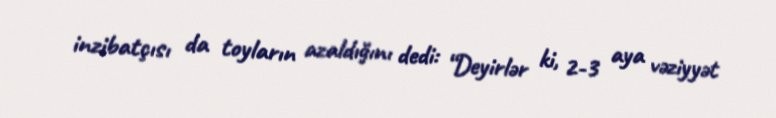
inzibatçısı da toyların azaldığını dedi: “Deyirlər ki, 2-3 aya vəziyyət